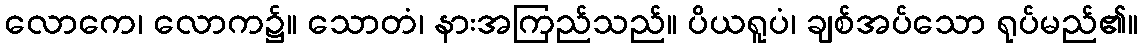
လောကေ၊ လောက၌။ သောတံ၊ နားအကြည်သည်။ ပိယရူပံ၊ ချစ်အပ်သော ရုပ်မည်၏။